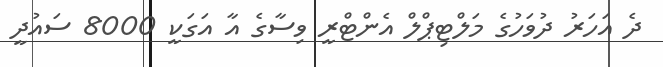
ދެ އަހަރު ދުވަހުގެ މަލްޓިޕްލް އެންޓްރީ ވިސާގެ އާ އަގަކީ 8000 ސައުދީ